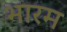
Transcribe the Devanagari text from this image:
भारम